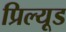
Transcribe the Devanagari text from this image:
प्रिल्यूड